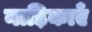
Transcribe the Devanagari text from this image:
नाड़िकाएँ